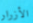
الأزرار